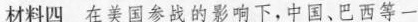
材料四 在美国参战的影响下，中国、巴西等一